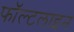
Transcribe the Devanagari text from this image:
फॉल्टलाइन